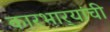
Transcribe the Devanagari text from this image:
कारभार्‍यांची